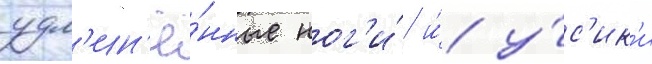
удл'ин'ё́нные ног'и́ и́ у́с'ик'и